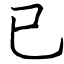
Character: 已